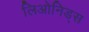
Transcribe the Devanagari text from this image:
लिओनिड्‌स